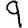
Digit: 9